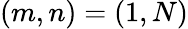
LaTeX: (m,n)=(1,N)